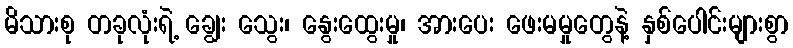
မိသားစု တခုလုံးရဲ့ ချွေး သွေး၊ နွေးထွေးမှု၊ အားပေး ဖေးမမှုတွေနဲ့ နှစ်ပေါင်းများစွာ